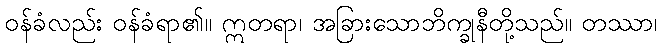
ဝန်ခံလည်း ဝန်ခံရာ၏။ ဣတရာ၊ အခြားသောဘိက္ခုနီတို့သည်။ တဿာ၊